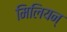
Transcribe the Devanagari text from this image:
मिलियन्